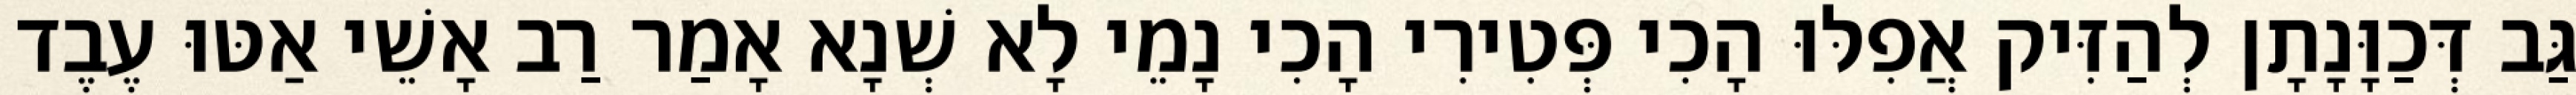
גַּב דְּכַוָּנָתָן לְהַזִּיק אֲפִלּוּ הָכִי פְּטִירִי הָכִי נָמֵי לָא שְׁנָא אָמַר רַב אָשֵׁי אַטּוּ עֶבֶד